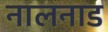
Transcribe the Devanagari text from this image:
नालनाड